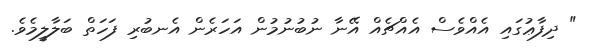
" ދިފާޢުގައި އެއްވެސް އެއްޗެއް އޭނާ ނުބުނުމުން އަހަރެން އެނބުރި ފަހަތް ބަލާލީމެވެ.